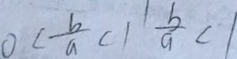
0 < \frac { b } { a } c \vert ^ { \vert } \frac { b } { a } < \vert